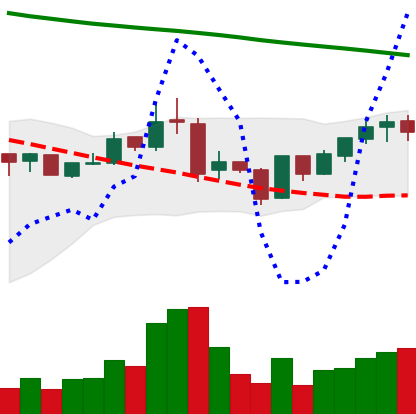
Ticker: BNB-USD
Chart end date: 2019-01-20
Forward return: 3.749%
Label: up_3_5